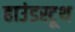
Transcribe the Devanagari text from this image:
हाउंडस्टूथ